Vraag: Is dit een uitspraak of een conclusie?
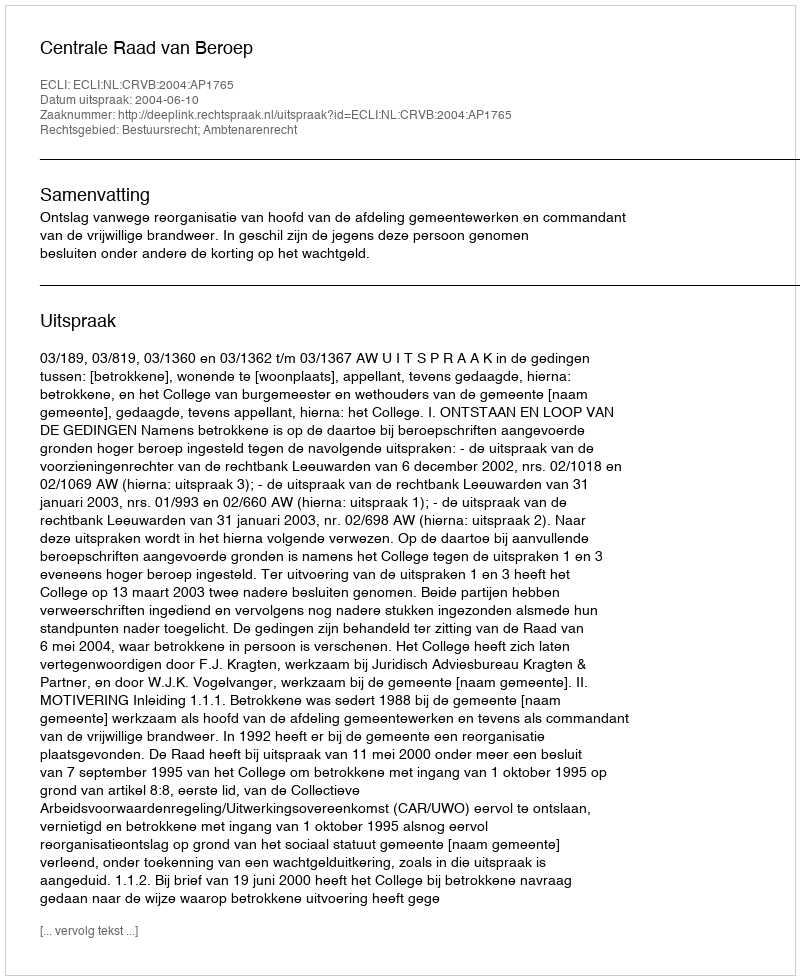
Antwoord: Uitspraak